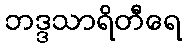
ဘဒ္ဒသာရိတီရေ